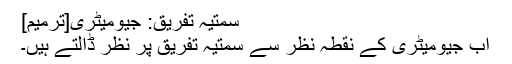
سمتیہ تفریق: جیومیٹری[ترمیم]
اب جیومیٹری کے نقطہ نظر سے سمتیہ تفریق پر نظر ڈالتے ہیں۔